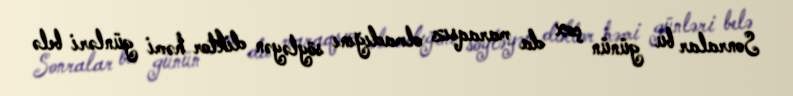
Sonralar bu günün çox da maraqsız olmadığını söyləyən diktor həmi günləri belə